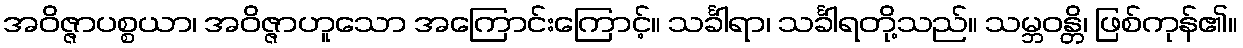
အဝိဇ္ဇာပစ္စယာ၊ အဝိဇ္ဇာဟူသော အကြောင်းကြောင့်။ သင်္ခါရာ၊ သင်္ခါရတို့သည်။ သမ္ဘဝန္တိ၊ ဖြစ်ကုန်၏။